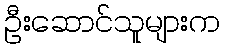
ဦးဆောင်သူများက